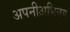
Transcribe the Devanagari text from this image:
अपनीअभिनय